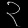
Digit: ၃